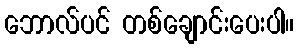
ဘောလ်ပင် တစ်ချောင်းပေးပါ။